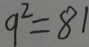
9 ^ { 2 } = 8 1